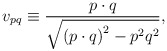
\begin{align*}v_{pq}\equiv \frac{p\cdot q}{\sqrt{\left( p\cdot q\right) ^{2}-p^{2}q^{2}}},\end{align*}